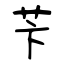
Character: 苄